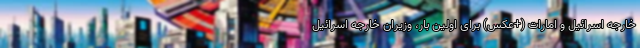
خارجه اسرائیل و امارات (+عکس) برای اولین بار، وزیران خارجه اسرائیل